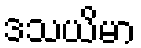
ဒသယိမာ